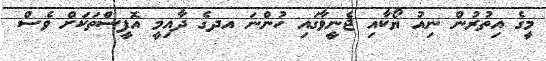
މީގެ އިތުރުން ނިއު ޔޯކާއި ޖެނީވާގައި ހުންނަ އދގެ ދާއިމީ އޮފީސްތަކަށް ވެސް